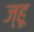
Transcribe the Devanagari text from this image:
ज्हू